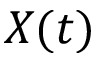
X ( t )